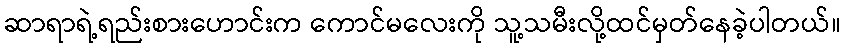
ဆာရာရဲ့ရည်းစားဟောင်းက ကောင်မလေးကို သူ့သမီးလို့ထင်မှတ်နေခဲ့ပါတယ်။